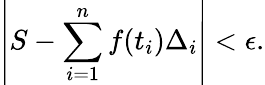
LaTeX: \left|S-\sum_{i=1}^{n}f(t_{i})\Delta_{i}\right|<\epsilon.